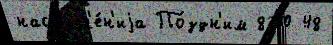
наступл'е́н'иjа По́здн'им 800 48